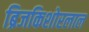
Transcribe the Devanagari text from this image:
ब्रिजकिशोरलाल